Calcutta medical institutions reports 1892-1900
Year: 1892
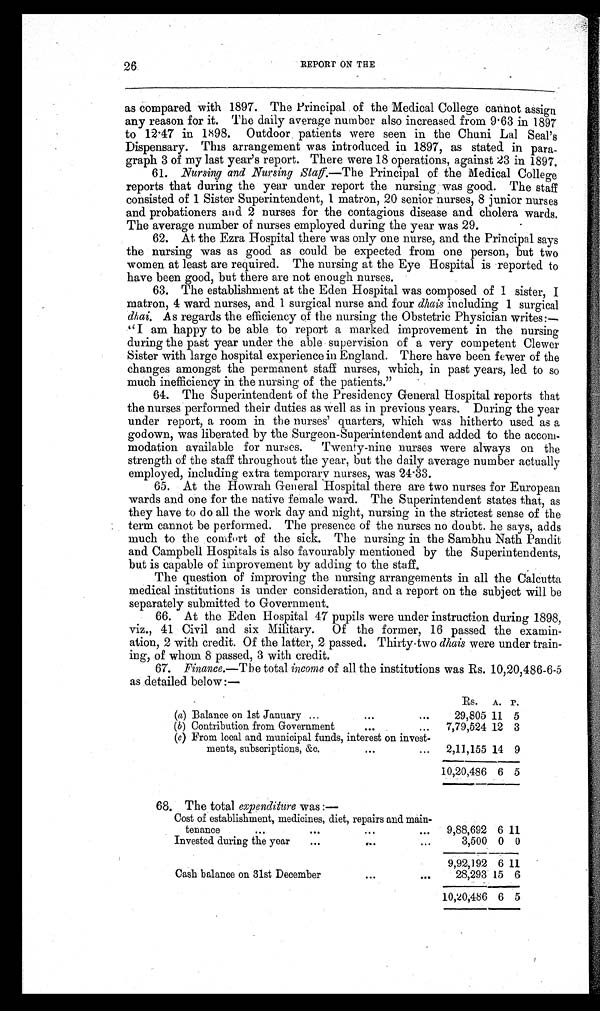
26
REPORT ON THE
as compared with 1897. The Principal of the Medical College cannot assign
any reason for it. The daily average number also increased from 9.63 in 1897
to 12.47 in 1898. Outdoor patients were seen in the Chuni Lal Seal's
Dispensary. This arrangement was introduced in 1897, as stated in para-
graph 3 of my last year's report. There were 18 operations, against 23 in 1897.
61. Nursing and Nursing Staff. —The Principal of the Medical College
reports that during the year under report the nursing was good. The staff
consisted of 1 Sister Superintendent, 1 matron, 20 senior nurses, 8 junior nurses
and probationers and 2 nurses for the contagious disease and cholera wards.
The average number of nurses employed during the year was 29.
62. At the Ezra Hospital there was only one nurse, and the Principal says
the nursing was as good as could be expected from one person, but two
women at least are required. The nursing at the Eye Hospital is reported to
have been good, but there are not enough nurses.
63. The establishment at the Eden Hospital was composed of 1 sister, I
matron, 4 ward nurses, and 1 surgical nurse and four dhais including 1 surgical
dhai. As regards the efficiency of the nursing the Obstetric Physician writes:—
"I am happy to be able to report a marked improvement in the nursing
during the past year under the able supervision of a very competent Clewer
Sister with large hospital experience in England. There have been fewer of the
changes amongst the permanent staff nurses, which, in past years, led to so
much inefficiency in the nursing of the patients."
64. The Superintendent of the Presidency General Hospital reports that
the nurses performed their duties as well as in previous years. During the year
under report, a room in the nurses' quarters, which was hitherto used as a
godown, was liberated by the Surgeon-Superintendent and added to the accom-
modation available for nurses. Twenty-nine nurses were always on the
strength of the staff throughout the year, but the daily average number actually
employed, including extra temporary nurses, was 24.33.
65. At the Howrah General Hospital there are two nurses for European
wards and one for the native female ward. The Superintendent states that, as
they have to do all the work day and night, nursing in the strictest sense of the
term cannot be performed. The presence of the nurses no doubt. he says, adds
much to the comfort of the sick. The nursing in the Sambhu Nath Pandit
and Campbell Hospitals is also favourably mentioned by the Superintendents,
but is capable of improvement by adding to the staff.
The question of improving the nursing arrangements in all the Calcutta
medical institutions is under consideration, and a report on the subject will be
separately submitted to Government.
66. At the Eden Hospital 47 pupils were under instruction during 1898,
viz., 41 Civil and six Military. Of the former, 16 passed the examin-
ation, 2 with credit. Of the latter, 2 passed. Thirty-two dhais were under train-
ing, of whom 8 passed, 3 with credit.
67. Finance.—The total income of all the institutions was Rs. 10,20,486-6-5
as detailed below :—
Rs. A. P.
(a) Balance on 1st January ...
. . .
. . .
29,805 11 5
( b) Contribution from Government
. . .
...
7,79,524 12 3
(c) From local and municipal funds, interest on invest-
ments, subscriptions, &c.
. . .
...
2,11,155 14 9
10,20,486 6 5
68. The total expenditure was :—
Cost of establishment, medicines, diet, repairs and main-
9,88,692 6 11
tenance ...
. . .
. . .
. . .
Invested during the year
. . .
...
. . .
3,500 0 0
9,92,192 6 11
Cash balance on 31st December
...
...
28,293 15 6
10,20,486 6 5